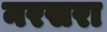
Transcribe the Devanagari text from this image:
नरसरा